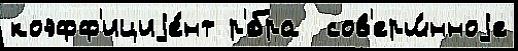
коэфф'ициjе́нт р'́бра  сов'ерш́нноjе